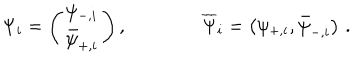
\Psi _ { i } = \left( \begin{matrix} { { \psi _ { - , i } } } \\ { { \bar { \psi } _ { + , i } } } \\ \end{matrix} \right) , \qquad \qquad \overline { { { \Psi } } } _ { i } = \left( \psi _ { + , i } , \bar { \psi } _ { - , i } \right) \, .